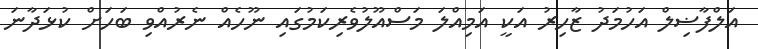
އަލްފާޟިލް އަހުމަދު ޒާހިރު އަކީ އަމިއްލަ މަސްއޫލުވެރިކަމުގައި ނޫހެއް ނެރުއްވި ބަހަށް ކުޅަދާނަ